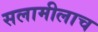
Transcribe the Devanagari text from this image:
सलामीलाच